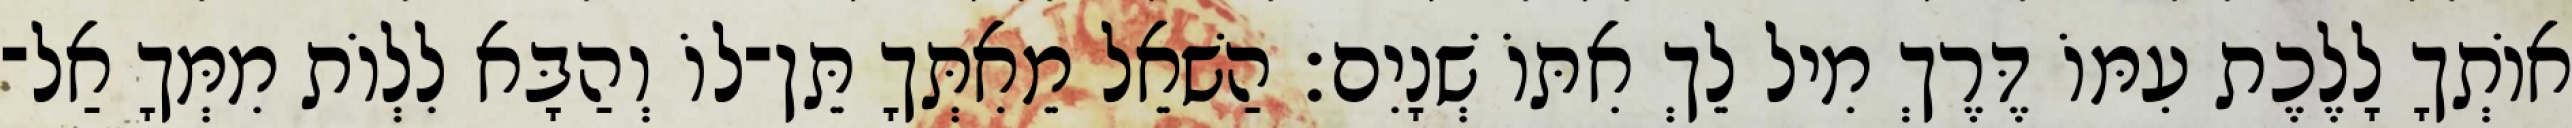
אוֹתְךָ לָלֶכֶת עִמּוֹ דֶּרֶךְ מִיל לֵךְ אִתּוֹ שְׁנָיִם׃ הַשׁאֵל מֵאִתְּךָ תֵּן־לוֹ וְהַבָּא לִלְוֹת מִמְּךָ אַל־